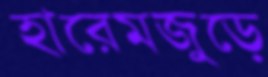
হারেমজুড়ে